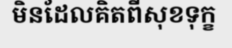
មិនដែលគិតពីសុខទុក្ខ